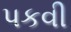
પકવી